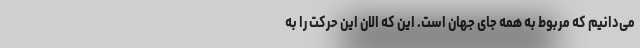
می‌دانیم که مربوط به همه جای جهان است. این که الان این حرکت را به